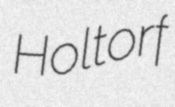
Holtorf